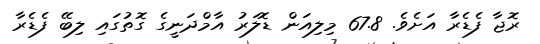
ރޮޖާ ފެޑެރާ އަށެވެ. 67.8 މިލިއަން ޑޮލަރު އާމްދަނީގެ ގޮތުގައި ލިބޭ ފެޑެރާ